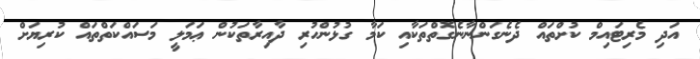
އަދި މެރިޓައިމް ކުށްތައް ދެނެގަންނާނެގޮތްތަކާއި ކަމާ ގުޅުންހުރި ދާއިރާތަކުން ޢަމަލީ މަސައްކަތްތައް ކުރިޔަށް